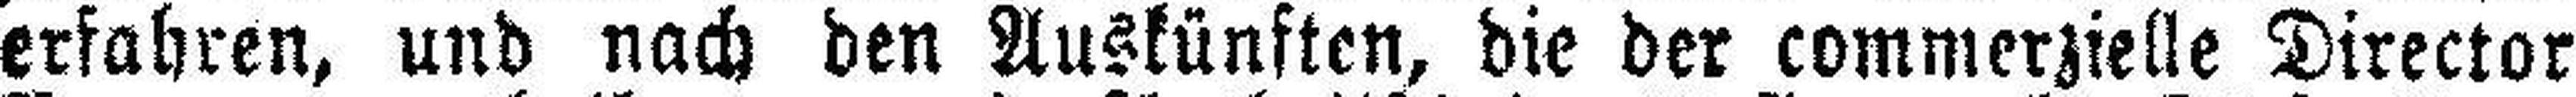
erfahren, und nach den Auskünften, die der commerzielle Director